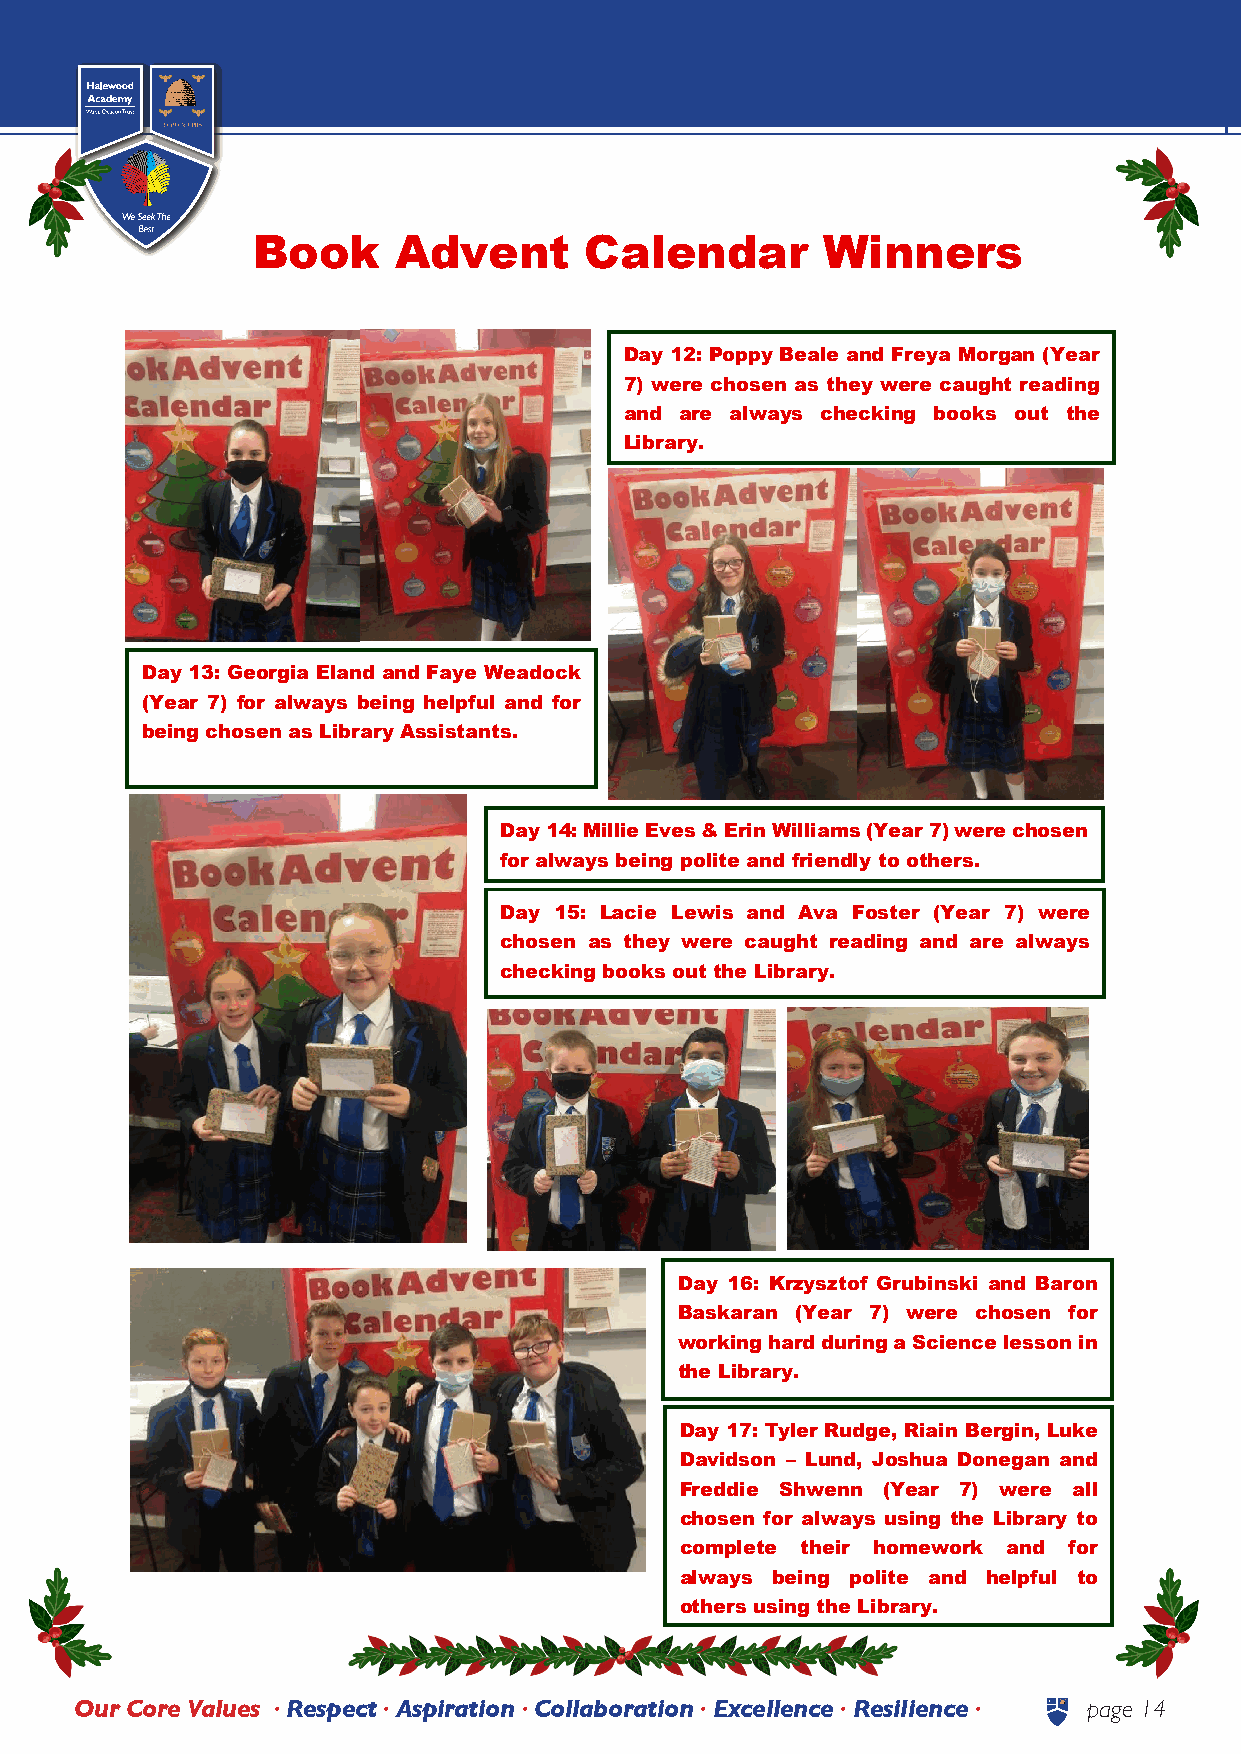
Halewood          Academy          | NEWSLETTER
 Book     Advent       Calendar       Winners
 Day 12: Poppy Beale and Freya Morgan (Year
 7) were chosen as they were caught reading
 and are always checking books out the
 Library.
 Day 13: Georgia Eland and Faye Weadock
 (Year 7) for always being helpful and for
 being chosen as Library Assistants.
 Day 14: Millie Eves & Erin Williams (Year 7) were chosen
 for always being polite and friendly to others.
 Day 15: Lacie Lewis and Ava Foster (Year 7) were
 chosen as they were caught reading and are always
 checking books out the Library.
 Day 16: Krzysztof Grubinski and Baron
 Baskaran (Year 7) were chosen for
 working hard during a Science lesson in
 the Library.
 Day 17: Tyler Rudge, Riain Bergin, Luke
 Davidson – Lund, Joshua Donegan and
 Freddie Shwenn (Year 7) were all
 chosen for always using the Library to
 complete their homework and for
 always being polite and helpful to
 others using the Library.
 Our Core Values • Respect • Aspiration • Collaboration • Excellence • Resilience • page 14